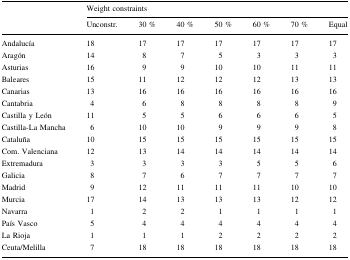
<table><thead><tr><td rowspan="2"></td><td colspan="7"><b>Weight constraints</b></td></tr><tr><td><b>Unconstr.</b></td><td><b>30 %</b></td><td><b>40 %</b></td><td><b>50 %</b></td><td><b>60 %</b></td><td><b>70 %</b></td><td><b>Equal</b></td></tr></thead><tbody><tr><td>Andalucía</td><td>18</td><td>17</td><td>17</td><td>17</td><td>17</td><td>17</td><td>17</td></tr><tr><td>Aragón</td><td>14</td><td>8</td><td>7</td><td>5</td><td>3</td><td>3</td><td>3</td></tr><tr><td>Asturias</td><td>16</td><td>9</td><td>9</td><td>10</td><td>10</td><td>11</td><td>11</td></tr><tr><td>Baleares</td><td>15</td><td>11</td><td>12</td><td>12</td><td>12</td><td>13</td><td>13</td></tr><tr><td>Canarias</td><td>13</td><td>16</td><td>16</td><td>16</td><td>16</td><td>16</td><td>16</td></tr><tr><td>Cantabria</td><td>4</td><td>6</td><td>8</td><td>8</td><td>8</td><td>8</td><td>9</td></tr><tr><td>Castilla y León</td><td>11</td><td>5</td><td>5</td><td>6</td><td>6</td><td>6</td><td>5</td></tr><tr><td>Castilla-La Mancha</td><td>6</td><td>10</td><td>10</td><td>9</td><td>9</td><td>9</td><td>8</td></tr><tr><td>Cataluña</td><td>10</td><td>15</td><td>15</td><td>15</td><td>15</td><td>15</td><td>15</td></tr><tr><td>Com. Valenciana</td><td>12</td><td>13</td><td>14</td><td>14</td><td>14</td><td>14</td><td>14</td></tr><tr><td>Extremadura</td><td>3</td><td>3</td><td>3</td><td>3</td><td>5</td><td>5</td><td>6</td></tr><tr><td>Galicia</td><td>8</td><td>7</td><td>6</td><td>7</td><td>7</td><td>7</td><td>7</td></tr><tr><td>Madrid</td><td>9</td><td>12</td><td>11</td><td>11</td><td>11</td><td>10</td><td>10</td></tr><tr><td>Murcia</td><td>17</td><td>14</td><td>13</td><td>13</td><td>13</td><td>12</td><td>12</td></tr><tr><td>Navarra</td><td>1</td><td>2</td><td>2</td><td>1</td><td>1</td><td>1</td><td>1</td></tr><tr><td>País Vasco</td><td>5</td><td>4</td><td>4</td><td>4</td><td>4</td><td>4</td><td>4</td></tr><tr><td>La Rioja</td><td>1</td><td>1</td><td>1</td><td>2</td><td>2</td><td>2</td><td>2</td></tr><tr><td>Ceuta/Melilla</td><td>7</td><td>18</td><td>18</td><td>18</td><td>18</td><td>18</td><td>18</td></tr></tbody></table>